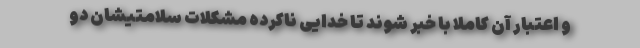
و اعتبار آن کاملا با خبر شوند تا خدایی ناکرده مشکلات سلامتیشان دو